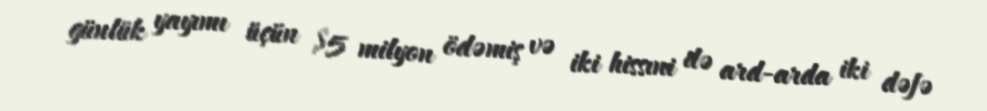
günlük yayımı üçün $5 milyon ödəmiş və iki hissıni də ard-arda iki dəfə